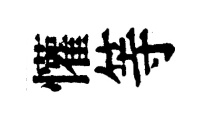
懽等